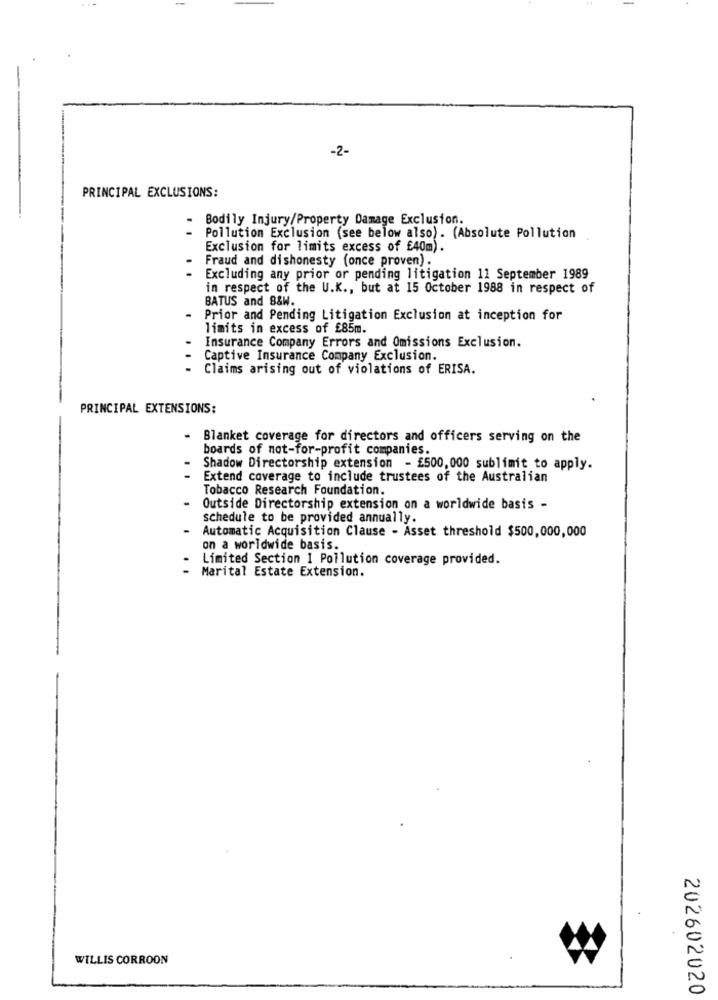
-2-
PRINCIPAL EXCLUSIONS:
.
Bodily Injury/Property Damage Exclusion.
Pollution Exclusion (see below also). (Absolute Pollution
Exclusion for limits excess of £40m).
Fraud and dishonesty (once proven).
. .
Excluding any prior or pending litigation 11 September 1989
in respect of the U.K ., but at 15 October 1988 in respect of
BATUS and 8&W.
- Prior and Pending Litigation Exclusion at inception for
limits in excess of £85m.
Insurance Company Errors and Omissions Exclusion.
Captive Insurance Company Exclusion.
Claims arising out of violations of ERISA.
PRINCIPAL EXTENSIONS:
.
Blanket coverage for directors and officers serving on the
boards of not-for-profit companies.
Shadow Directorship extension - £500,000 sublimit to apply.
Extend coverage to include trustees of the Australian
Tobacco Research Foundation.
Outside Directorship extension on a worldwide basis -
schedule to be provided annually.
Automatic Acquisition Clause - Asset threshold $500,000,000
on a worldwide basis.
Limited Section 1 Pollution coverage provided.
Marital Estate Extension.
WILLIS CORROON
202602020